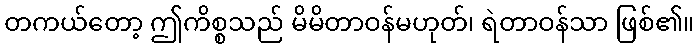
တကယ်တော့ ဤကိစ္စသည် မိမိတာဝန်မဟုတ်၊ ရဲတာဝန်သာ ဖြစ်၏။